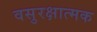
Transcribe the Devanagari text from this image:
वसुरक्षात्मक